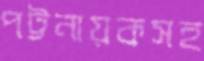
পট্টনায়কসহ